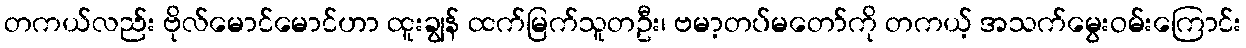
တကယ်လည်း ဗိုလ်မောင်မောင်ဟာ ထူးချွန် ထက်မြက်သူတဦး၊ ဗမာ့တပ်မတော်ကို တကယ့် အသက်မွေးဝမ်းကြောင်း